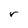
Character: r